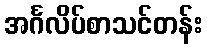
အင်္ဂလိပ်စာသင်တန်း